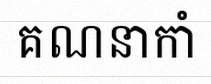
គណនាកាំ